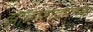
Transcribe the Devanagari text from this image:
झाकणाप्रमाणे